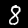
Label: 8